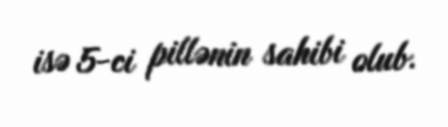
isə 5-ci pillənin sahibi olub.